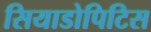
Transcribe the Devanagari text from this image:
सियाडोपिटिस